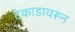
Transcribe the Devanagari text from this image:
टेकाडावरून